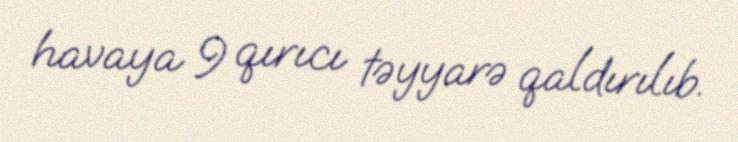
havaya 9 qırıcı təyyarə qaldırılıb.